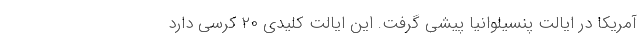
آمریکا در ایالت پنسیلوانیا پیشی گرفت. این ایالت کلیدی ۲۰ کرسی دارد